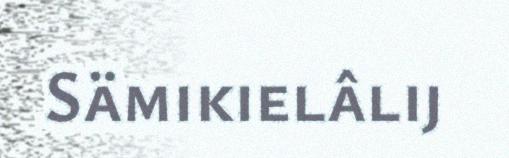
Sämikielâlij